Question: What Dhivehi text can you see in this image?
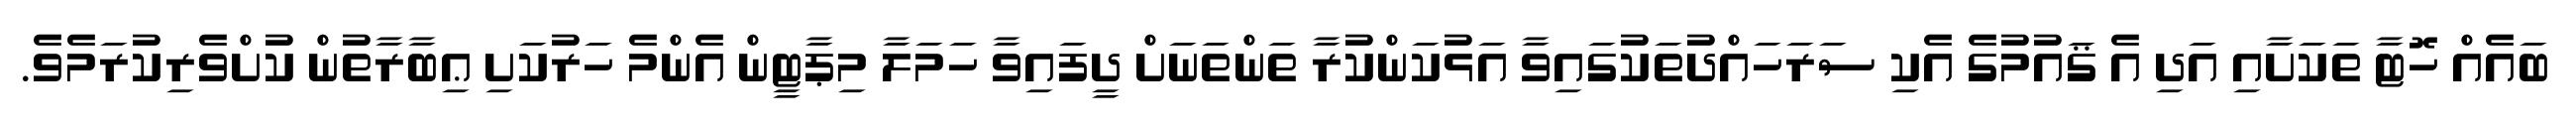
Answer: ބައެއް ހޮޓާ ތަކަށާއި އަދި އެ ޤައުމުގެ އެކި ސަރަހައްދުތަކުގައިވާ އަޅުކަންކުރާ ތަންތަނަށް ދީފައިވާ ހަމަލާ މިޕާޓީން އެންމެ ހަރުކަށި ޢިބާރާތުން ކުށްވެރިކުރަމެވެ.